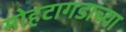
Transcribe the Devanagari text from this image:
मोहटागडाच्या